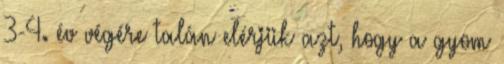
3-4. év végére talán elérjük azt, hogy a gyom